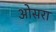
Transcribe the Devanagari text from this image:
ओसरा